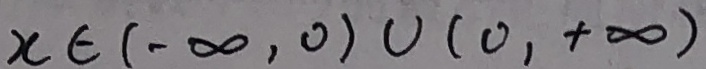
x \in ( - \infty , 0 ) \cup ( 0 , + \infty )